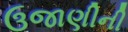
ઉજાણીની